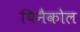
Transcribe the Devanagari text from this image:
पिनैकोल